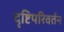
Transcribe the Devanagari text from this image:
दृष्टिपरिवर्तन